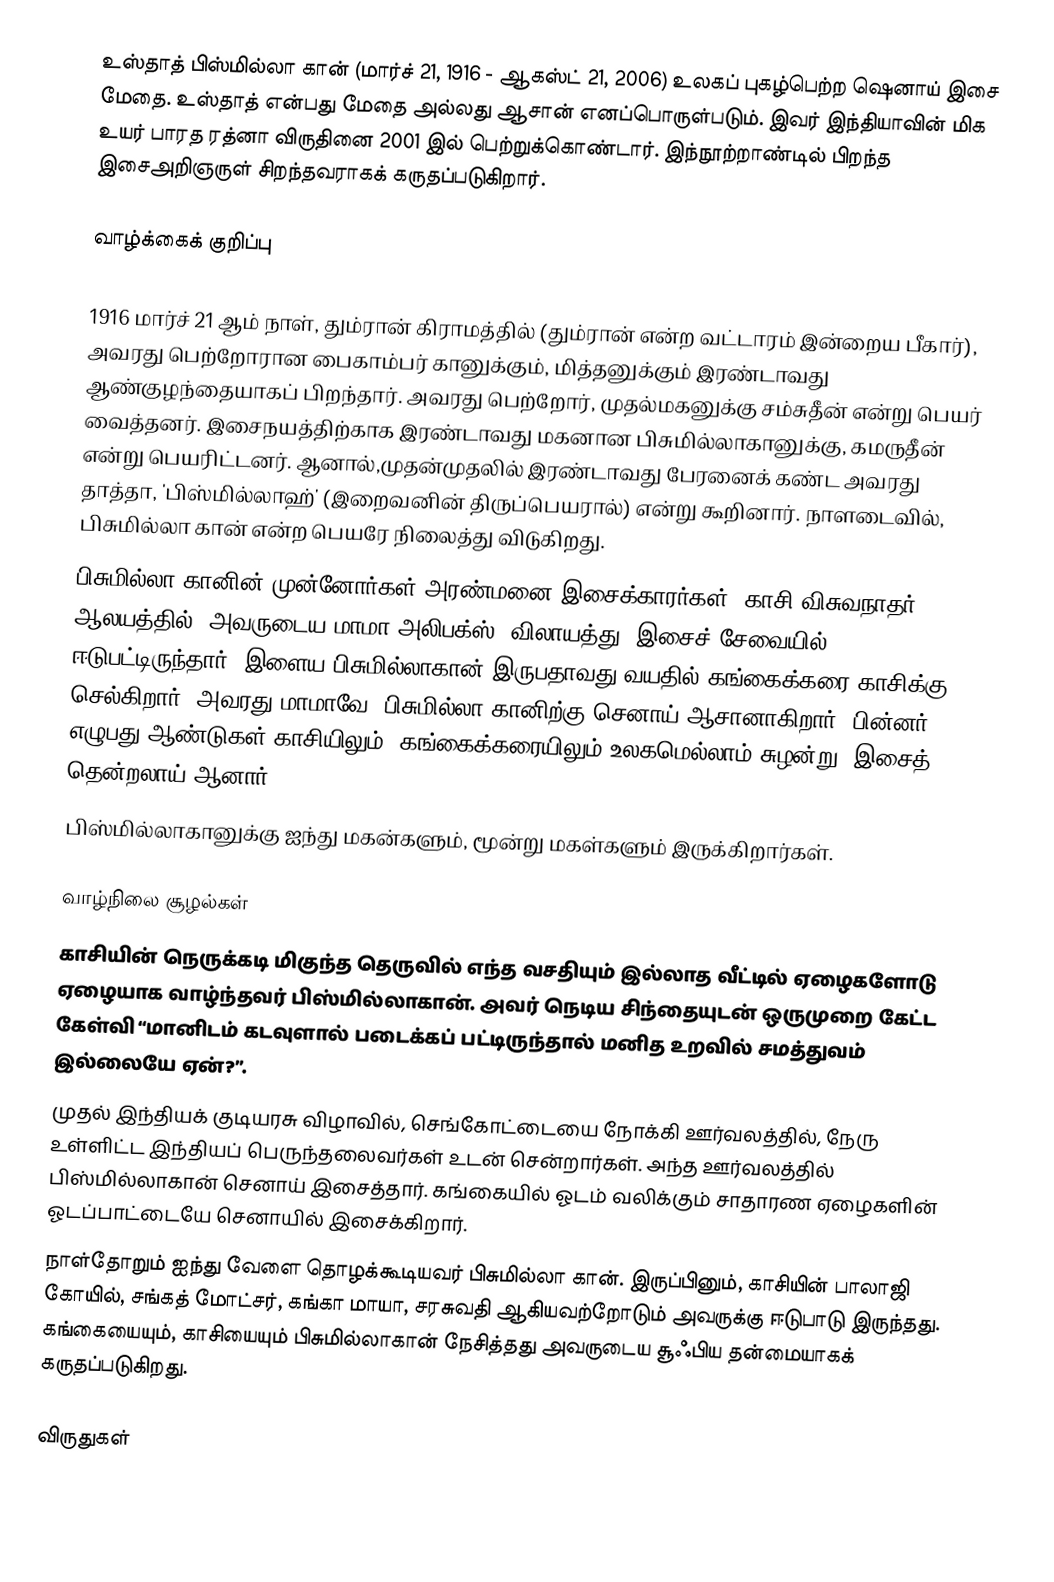
உஸ்தாத் பிஸ்மில்லா கான் (மார்ச் 21, 1916 - ஆகஸ்ட் 21, 2006) உலகப் புகழ்பெற்ற ஷெனாய் இசை மேதை. உஸ்தாத் என்பது மேதை அல்லது ஆசான் எனப்பொருள்படும். இவர் இந்தியாவின் மிக உயர் பாரத ரத்னா விருதினை 2001 இல் பெற்றுக்கொண்டார். இந்நூற்றாண்டில் பிறந்த இசைஅறிஞருள் சிறந்தவராகக் கருதப்படுகிறார்.

வாழ்க்கைக் குறிப்பு

1916 மார்ச் 21 ஆம் நாள், தும்ரான் கிராமத்தில் (தும்ரான் என்ற வட்டாரம் இன்றைய பீகார்), அவரது பெற்றோரான பைகாம்பர் கானுக்கும், மித்தனுக்கும் இரண்டாவது ஆண்குழந்தையாகப் பிறந்தார். அவரது பெற்றோர், முதல்மகனுக்கு சம்சுதீன் என்று பெயர் வைத்தனர். இசைநயத்திற்காக இரண்டாவது மகனான பிசுமில்லாகானுக்கு, கமருதீன் என்று பெயரிட்டனர். ஆனால்,முதன்முதலில் இரண்டாவது பேரனைக் கண்ட அவரது தாத்தா,   'பிஸ்மில்லாஹ்' (இறைவனின் திருப்பெயரால்) என்று கூறினார். நாளடைவில், பிசுமில்லா கான் என்ற பெயரே நிலைத்து விடுகிறது.
பிசுமில்லா கானின் முன்னோர்கள் அரண்மனை இசைக்காரர்கள். காசி விசுவநாதர் ஆலயத்தில், அவருடைய மாமா அலிபக்ஸ் (விலாயத்து) இசைச் சேவையில் ஈடுபட்டிருந்தார். இளைய பிசுமில்லாகான் இருபதாவது வயதில் கங்கைக்கரை காசிக்கு செல்கிறார். அவரது மாமாவே, பிசுமில்லா கானிற்கு செனாய் ஆசானாகிறார். பின்னர், எழுபது ஆண்டுகள் காசியிலும், கங்கைக்கரையிலும்,உலகமெல்லாம் சுழன்று, இசைத் தென்றலாய் ஆனார்.
பிஸ்மில்லாகானுக்கு ஐந்து மகன்களும், மூன்று மகள்களும் இருக்கிறார்கள்.

வாழ்நிலை சூழல்கள்
காசியின் நெருக்கடி மிகுந்த தெருவில் எந்த வசதியும் இல்லாத வீட்டில் ஏழைகளோடு ஏழையாக வாழ்ந்தவர் பிஸ்மில்லாகான். அவர் நெடிய சிந்தையுடன் ஒருமுறை கேட்ட கேள்வி “மானிடம் கடவுளால் படைக்கப் பட்டிருந்தால் மனித உறவில் சமத்துவம் இல்லையே ஏன்?”.
முதல் இந்தியக் குடியரசு விழாவில், செங்கோட்டையை நோக்கி ஊர்வலத்தில், நேரு உள்ளிட்ட இந்தியப் பெருந்தலைவர்கள் உடன் சென்றார்கள். அந்த ஊர்வலத்தில் பிஸ்மில்லாகான் செனாய் இசைத்தார். கங்கையில் ஓடம் வலிக்கும் சாதாரண ஏழைகளின் ஓடப்பாட்டையே செனாயில் இசைக்கிறார்.
நாள்தோறும் ஐந்து வேளை தொழக்கூடியவர் பிசுமில்லா கான். இருப்பினும், காசியின் பாலாஜி கோயில், சங்கத் மோட்சர், கங்கா மாயா, சரசுவதி ஆகியவற்றோடும் அவருக்கு ஈடுபாடு இருந்தது. கங்கையையும், காசியையும் பிசுமில்லாகான் நேசித்தது அவருடைய சூஃபிய தன்மையாகக் கருதப்படுகிறது.

விருதுகள்